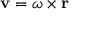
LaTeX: \mathbf { v } = { \boldsymbol { \omega } } \times \mathbf { r }